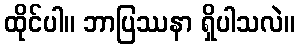
ထိုင်ပါ။ ဘာပြဿနာ ရှိပါသလဲ။